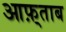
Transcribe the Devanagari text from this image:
आफ़्ताब